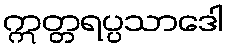
ဣတ္တရပ္ပသာဒေါ